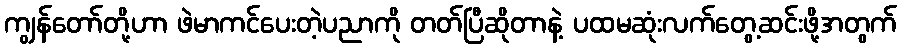
ကျွန်တော်တို့ဟာ ဖဲမာကင်ပေးတဲ့ပညာကို တတ်ပြီဆိုတာနဲ့ ပထမဆုံးလက်တွေ့ဆင်းဖို့အတွက်